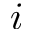
i